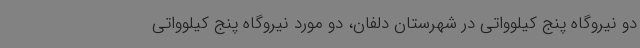
دو نیروگاه پنج کیلوواتی در شهرستان دلفان، دو مورد نیروگاه پنج کیلوواتی